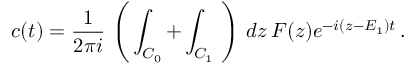
c ( t ) = \frac { 1 } { 2 \pi i } \, \left( \, \int _ { C _ { 0 } } + \int _ { C _ { 1 } } \, \, \right) \, d z \, F ( z ) e ^ { - i ( z - E _ { 1 } ) t } \, .